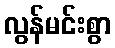
လွန်မင်းစွာ